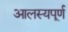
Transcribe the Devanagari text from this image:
आलस्यपूर्ण